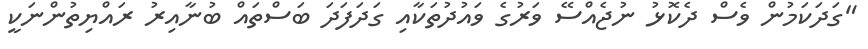
"ގަދަކަމުން ވެސް ދެކޮޅު ނުޖެއްސޭ ވަރުގެ ވައުދުތަކާއި ގަދަފަދަ ބަސްތައް ބުނާއިރު ރައްޔިތުންނަކީ